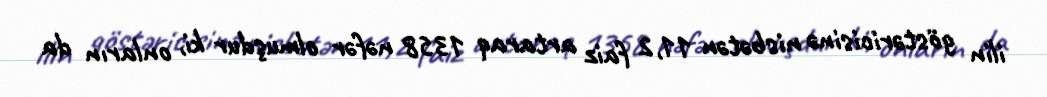
ilin göstəricisinə nisbətən 11,2 faiz artaraq 1358 nəfər olmuşdur ki, onların da